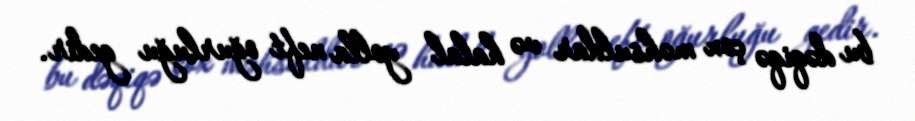
bu dəqiqə çox məhsuldar və halal yolla neft oğurluğu gedir.